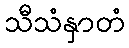
သီသံနှာတံ